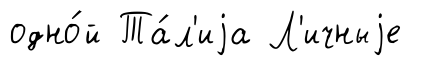
одно́й Та́л'иjа Л'ичныjе